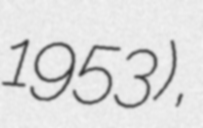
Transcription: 1953),